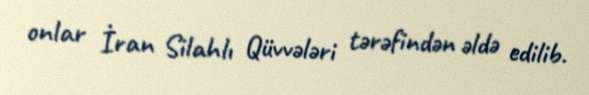
onlar İran Silahlı Qüvvələri tərəfindən əldə edilib.